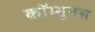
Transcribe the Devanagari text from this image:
कॉम्यूनस